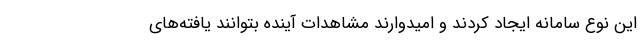
این نوع سامانه ایجاد کردند و امیدوارند مشاهدات آینده بتوانند یافته‌های